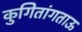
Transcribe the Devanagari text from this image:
कुगितांगताऊ